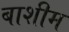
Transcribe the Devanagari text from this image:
बाशीम